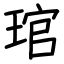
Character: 琯